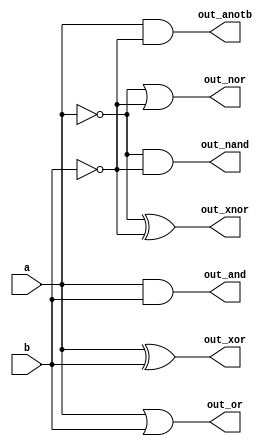
module top_module(
  input wire a,
  input wire b,
  output wire out_and,
  output wire out_or,
  output wire out_xor,
  output wire out_nand,
  output wire out_nor,
  output wire out_xnor,
  output wire out_anotb
);

  assign out_and = a & b;
  assign out_or = a | b;
  assign out_xor = a ^ b;
  assign out_nand = ~a & ~b;
  assign out_nor = ~a | ~b;
  assign out_xnor = ~a ^ ~b;
  assign out_anotb = a & ~b;

endmodule